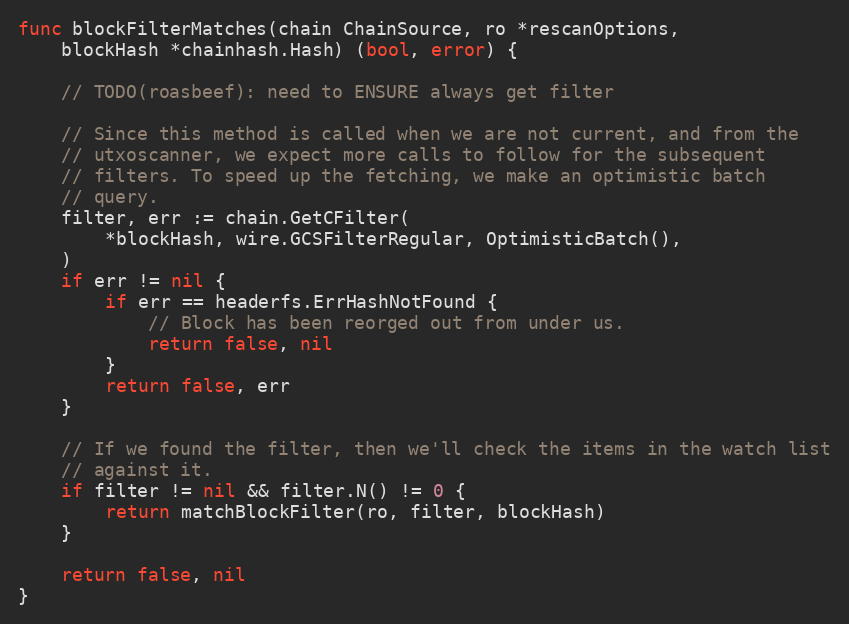
Language: Go
func blockFilterMatches(chain ChainSource, ro *rescanOptions,
	blockHash *chainhash.Hash) (bool, error) {

	// TODO(roasbeef): need to ENSURE always get filter

	// Since this method is called when we are not current, and from the
	// utxoscanner, we expect more calls to follow for the subsequent
	// filters. To speed up the fetching, we make an optimistic batch
	// query.
	filter, err := chain.GetCFilter(
		*blockHash, wire.GCSFilterRegular, OptimisticBatch(),
	)
	if err != nil {
		if err == headerfs.ErrHashNotFound {
			// Block has been reorged out from under us.
			return false, nil
		}
		return false, err
	}

	// If we found the filter, then we'll check the items in the watch list
	// against it.
	if filter != nil && filter.N() != 0 {
		return matchBlockFilter(ro, filter, blockHash)
	}

	return false, nil
}